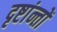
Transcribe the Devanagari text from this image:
दृष्टांन्तों